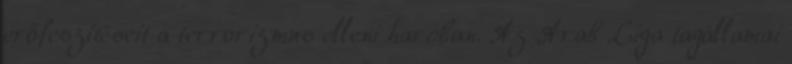
erőfeszítéseit a terrorizmus elleni harcban. Az Arab Liga tagállamai